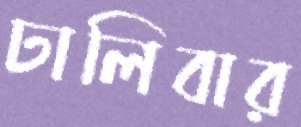
ঢালিবার